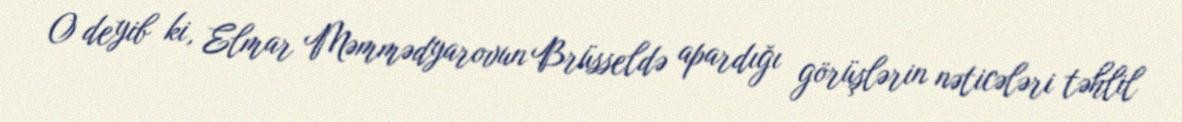
O deyib ki, Elmar Məmmədyarovun Brüsseldə apardığı görüşlərin nəticələri təhlil